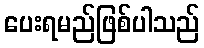
ပေးရမည်ဖြစ်ပါသည်